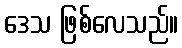
ဒေသ ဖြစ်လေသည်။